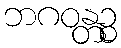
ဘဂဝန္တဉ္စ